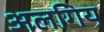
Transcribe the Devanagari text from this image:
अलगिय